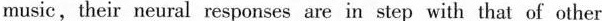
music,their neural responses are in step with that of other